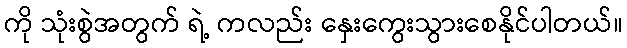
ကို သုံးစွဲအတွက် ရဲ့ ကလည်း နှေးကွေးသွားစေနိုင်ပါတယ်။